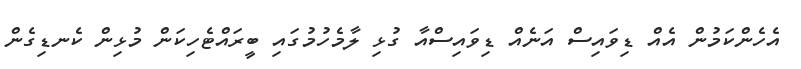
އެހެންކަމުން އެއް ޑިވައިސް އަނެއް ޑިވައިސްއާ ގުޅި ލާމެހުމުގައި ބީރައްޓެހިކަން މުޅިން ކެނޑިގެން